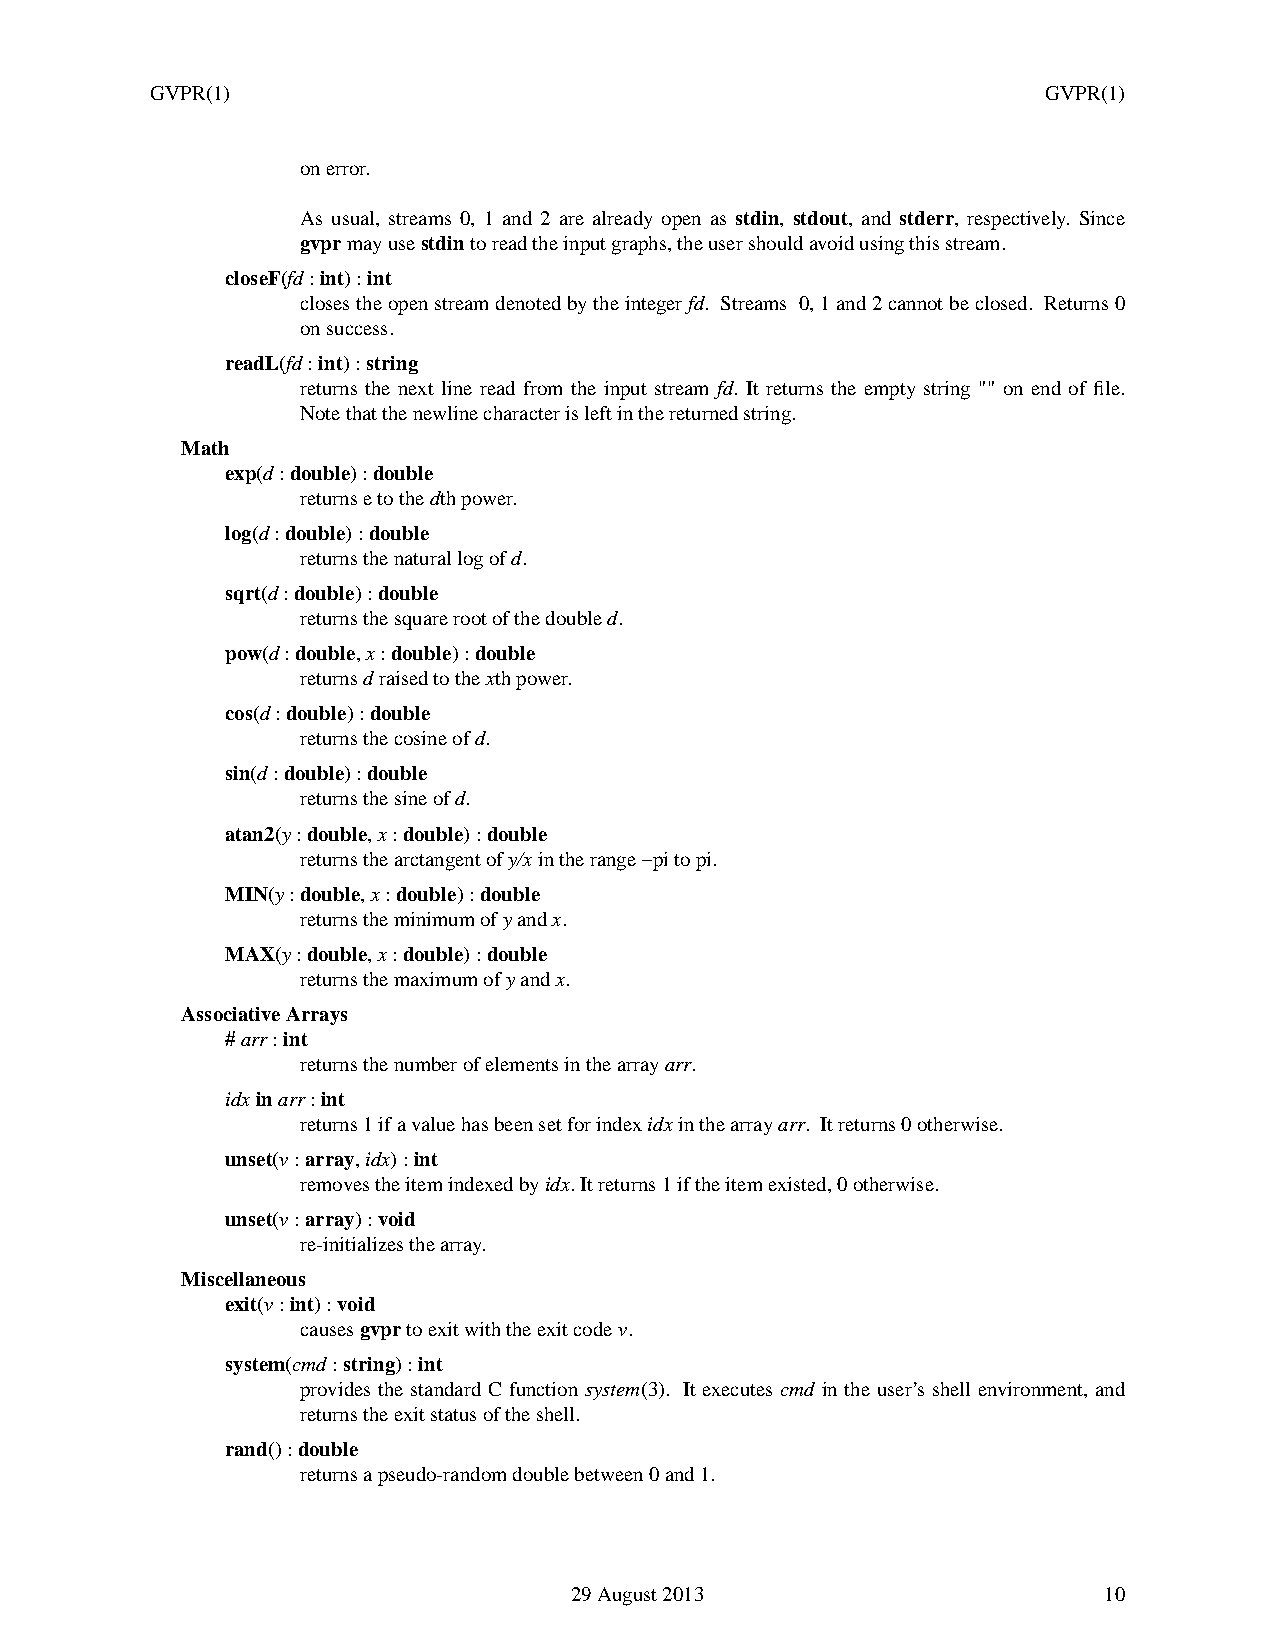
GVPR(1)                                                    GVPR(1)
 on error.
 As usual, streams 0, 1 and 2 are already open as stdin, stdout, and stderr, respectively. Since
 gvprmay usestdinto read the input graphs, the user should avoid using this stream.
 closeF(fd:int):int
 closes the open stream denoted by the integerfd. Streams 0,1and 2 cannot be closed. Returns 0
 on success.
 readL(fd:int):string
 returns the next line read from the input stream fd. It returns the empty string "" on end of file.
 Note that the newline character is left in the returned string.
 Math
 exp(d:double):double
 returns e to thedth power.
 log(d:double):double
 returns the natural log ofd.
 sqrt(d:double):double
 returns the square root of the doubled.
 pow(d:double,x:double):double
 returnsdraised to thexth power.
 cos(d:double):double
 returns the cosine ofd.
 sin(d:double):double
 returns the sine ofd.
 atan2(y:double,x:double):double
 returns the arctangent ofy/xin the range −pi to pi.
 MIN(y:double,x:double):double
 returns the minimum ofyandx.
 MAX(y:double,x:double):double
 returns the maximum ofyandx.
 Associative Arrays
 #arr:int
 returns the number of elements in the arrayarr.
 idxinarr:int
 returns 1 if a value has been set for indexidxin the arrayarr. Itreturns 0 otherwise.
 unset(v:array,idx):int
 removesthe item indexedbyidx.Itreturns 1 if the item existed, 0 otherwise.
 unset(v:array):void
 re-initializes the array.
 Miscellaneous
 exit(v:int):void
 causesgvprto exit with the exit codev.
 system(cmd:string):int
 provides the standard C function system(3). It executes cmd in the user’s shell environment, and
 returns the exit status of the shell.
 rand() :double
 returns a pseudo-random double between 0 and 1.
 29 August 2013                     10